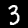
Digit: 3